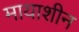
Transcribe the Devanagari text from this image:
मायाशीन